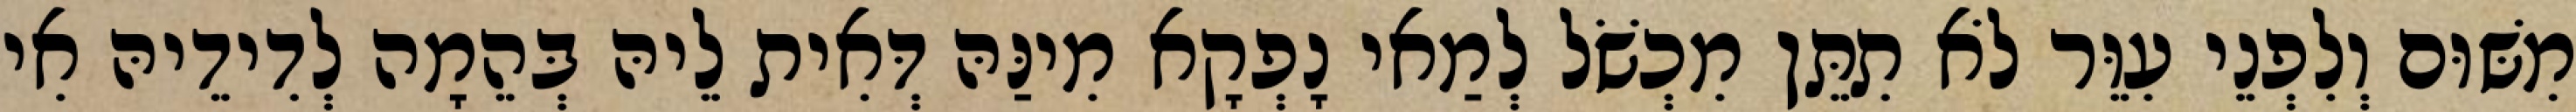
מִשּׁוּם וְלִפְנֵי עִוֵּר לֹא תִתֵּן מִכְשֹׁל לְמַאי נָפְקָא מִינַּהּ דְּאִית לֵיהּ בְּהֵמָה לְדִידֵיהּ אִי